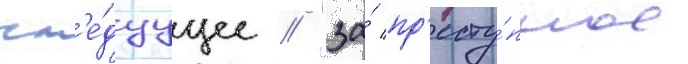
сл'е́дуущее // "за́ пр'есту́пное